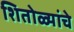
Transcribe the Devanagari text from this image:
शितोळ्यांचे